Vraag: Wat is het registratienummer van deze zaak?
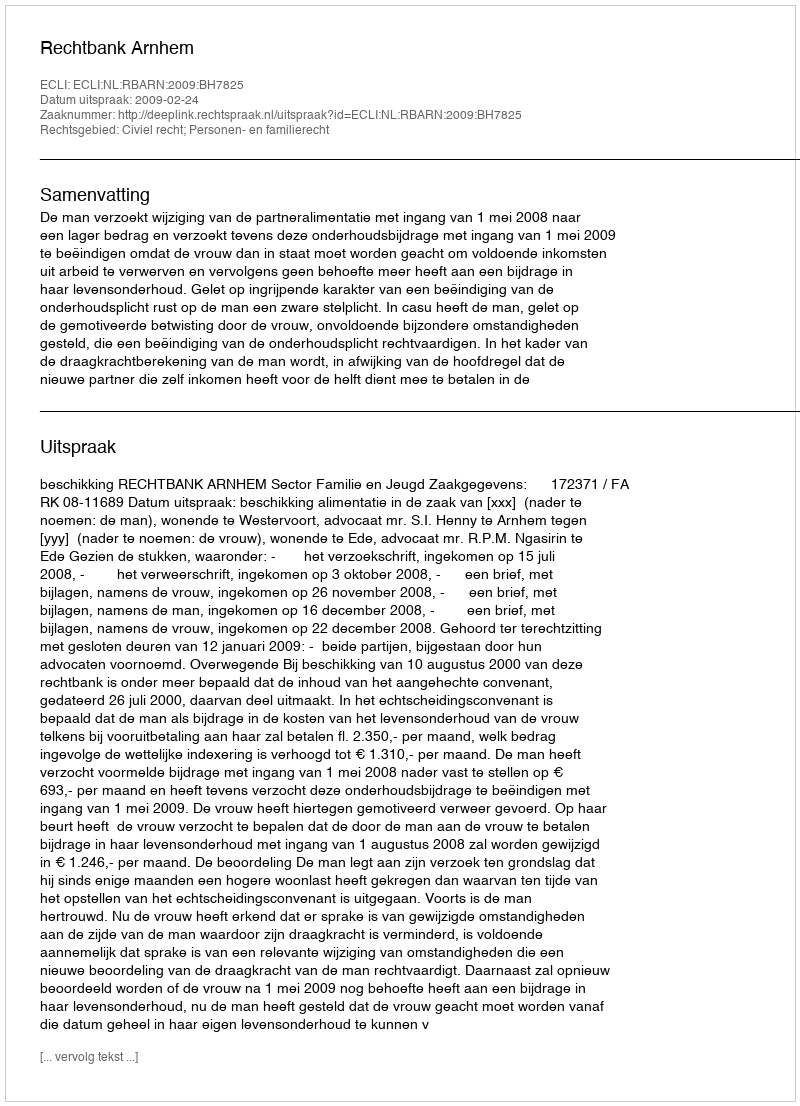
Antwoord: http://deeplink.rechtspraak.nl/uitspraak?id=ECLI:NL:RBARN:2009:BH7825